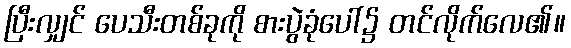
ပြီးလျှင် ပေသီးတစ်ခုကို စားပွဲခုံပေါ်၌ တင်လိုက်လေ၏။